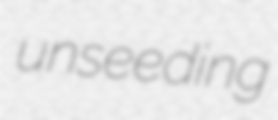
unseeding